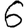
Digit: 6